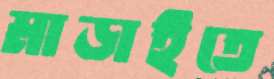
মাড়াইতে